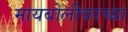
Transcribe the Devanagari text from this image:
मायबोलीवरच्या